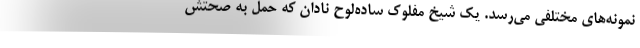
نمونه‌های مختلفی می‌رسد. یک شیخ مفلوک ساده‌لوح نادان که حمل به صحتش